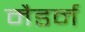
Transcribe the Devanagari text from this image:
मैडर्न